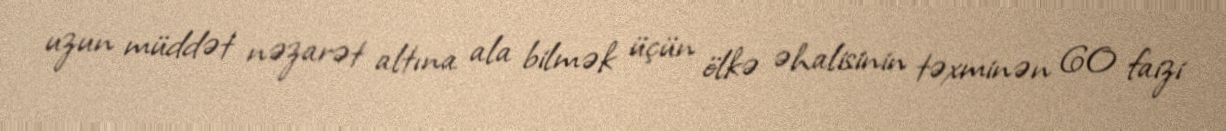
uzun müddət nəzarət altına ala bilmək üçün ölkə əhalisinin təxminən 60 faizi